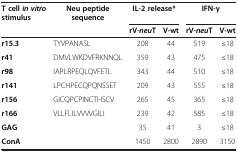
| T cell in vitro stimulus | Neu peptide sequence | <COLSPAN=2> IL-2 release* | <COLSPAN=2> IFN-γ |
 |  |  | rV-neuT | V-wt | rV-neuT | V-wt |
 | --- | --- | --- | --- | --- | --- |
 | r15.3 | TYVPANASL | 208 | 44 | 519 | ≤18 |
 | r41 | DMVLWKDVFRKNNQL | 359 | 43 | 475 | ≤18 |
 | r98 | IAPLRPEQLQVFETL | 343 | 44 | 510 | ≤18 |
 | r141 | LPCHPECQPQNSSET | 209 | 43 | 555 | ≤18 |
 | r156 | GICQPCPINCTHSCV | 265 | 45 | 365 | ≤18 |
 | r166 | VLLFLILVVVVGILI | 239 | 42 | 585 | ≤18 |
 | GAG |  | 35 | 41 | 3 | ≤18 |
 | ConA |  | 1450 | 2800 | 2890 | 3150 |